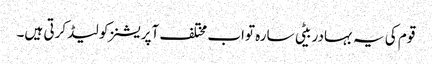
قوم کی یہ بہادر بیٹی سارہ تواب مختلف آپریشنز کو لیڈ کرتی ہیں۔